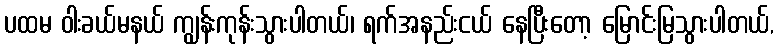
ပထမ ဝါးခယ်မနယ် ကျွန်းကုန်းသွားပါတယ်၊ ရက်အနည်းငယ် နေပြီးတော့ မြောင်းမြသွားပါတယ်,